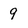
Character: 9